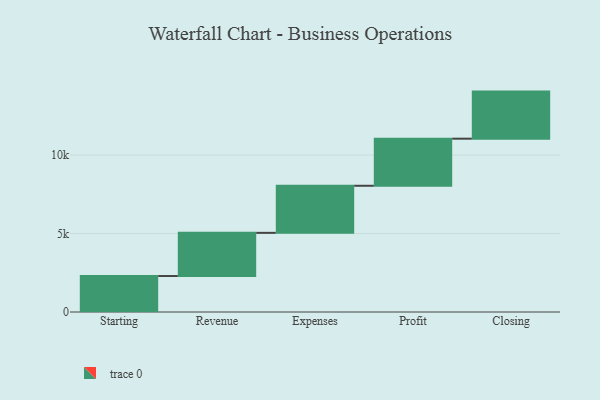
{"axis": {"x": "Step", "y": "Value"}, "legend": [""], "data": [{"x": "Starting", "y": 2292.0, "type": ""}, {"x": "Revenue", "y": 2751.0, "type": ""}, {"x": "Expenses", "y": 3000, "type": ""}, {"x": "Profit", "y": 3000, "type": ""}, {"x": "Closing", "y": 3000, "type": ""}]}